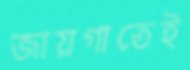
জায়গাতেই